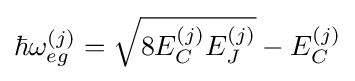
\hbar \omega _{eg}^{(j)}={\sqrt {8E_{C}^{(j)}E_{J}^{(j)}}}-E_{C}^{(j)}